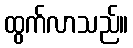
ထွက်လာသည်။